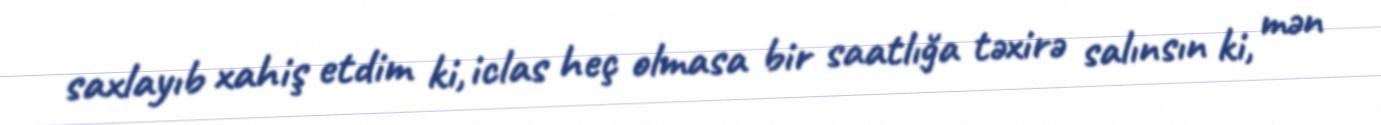
saxlayıb xahiş etdim ki, iclas heç olmasa bir saatlığa təxirə salınsın ki, mən